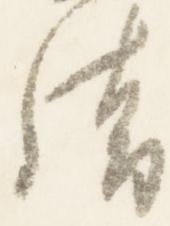
清